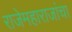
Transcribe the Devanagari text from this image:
राजेमहाराजांचा